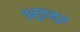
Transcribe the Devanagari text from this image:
तनुतामुन